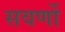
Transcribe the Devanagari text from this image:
सवर्णो